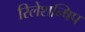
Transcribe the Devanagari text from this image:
रिलेशन्षिप